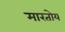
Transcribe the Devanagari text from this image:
मारतोय